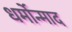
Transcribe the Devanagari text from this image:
धर्मोन्माद